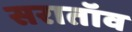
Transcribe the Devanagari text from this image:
सरातॉव